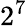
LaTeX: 2^{7}